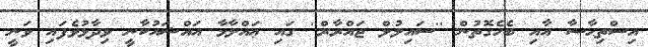
އިސްތިޙާޟާ އާއި ބެހެގޮތުން ''ސައިލުލް ޖައްރާރް'' ގައި ޢައްލާމާ އައްޝައުކާނީ ވިދާޅުވެފައި ވަނީ